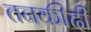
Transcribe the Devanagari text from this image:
तनकीदी